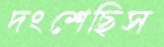
দংশেছিস